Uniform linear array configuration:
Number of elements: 8
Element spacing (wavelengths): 0.75
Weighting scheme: kaiser
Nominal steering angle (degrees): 0
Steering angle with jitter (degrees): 0.7427
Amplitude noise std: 0.05
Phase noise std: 0.05

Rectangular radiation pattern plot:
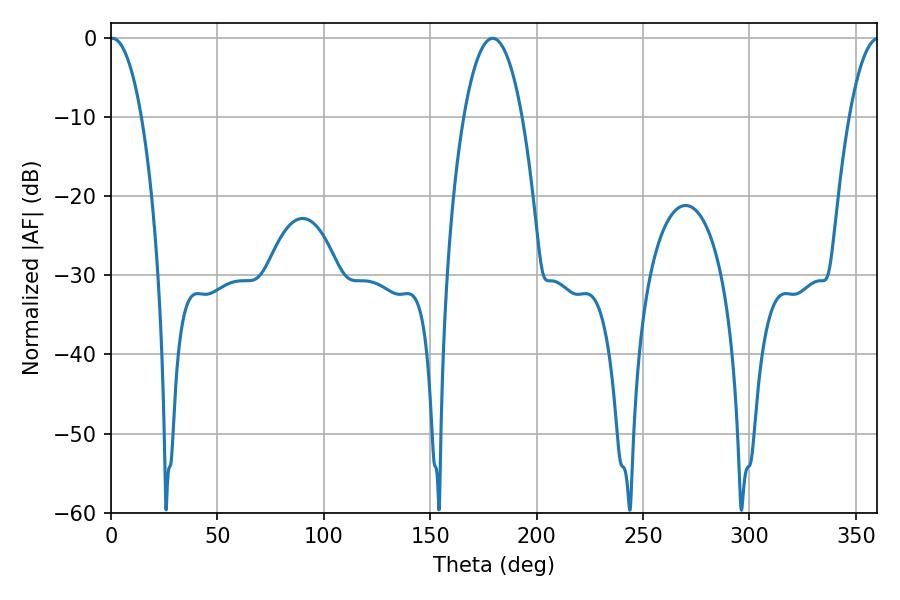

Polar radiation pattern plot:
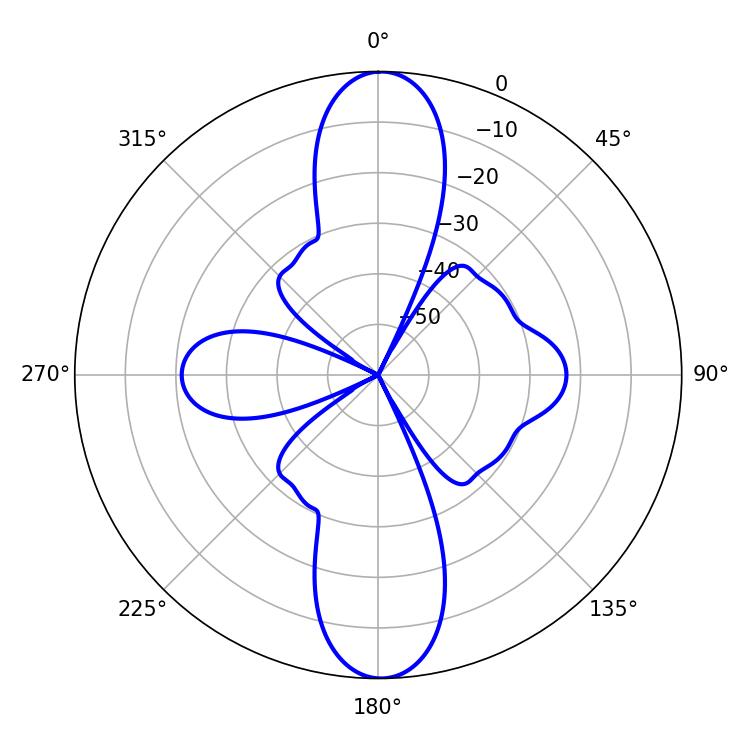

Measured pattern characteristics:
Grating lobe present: TRUE
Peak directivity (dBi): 25.676
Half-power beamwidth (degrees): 8.28
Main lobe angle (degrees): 0.72